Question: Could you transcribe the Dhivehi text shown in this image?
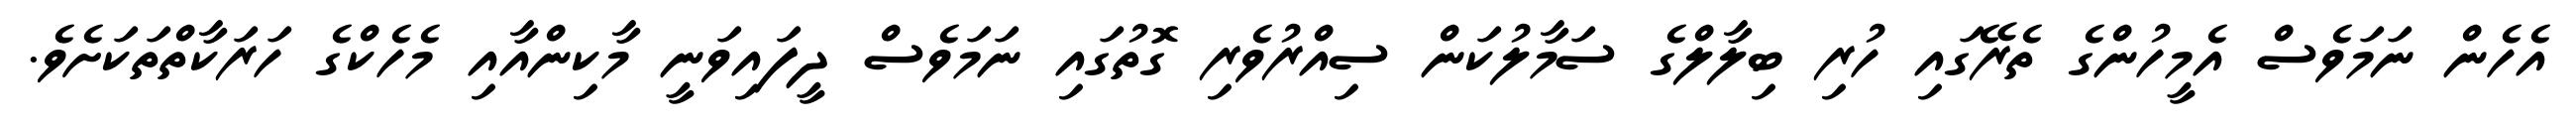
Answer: އެހެން ނަމަވެސް އެމީހުންގެ ތެރޭގައި ހުރި ބިލާލްގެ ސަމާލުކަން ސިއްރުވެރި ގޮތުގައި ނަމަވެސް ދީފައިވަނީ މާކިންއާއި މެހެކްގެ ހަރަކާތްތަކަށެވެ.